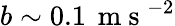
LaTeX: b\sim 0.1\, \mathrm{~m~s~}^{-2}